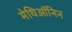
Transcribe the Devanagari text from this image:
मेथिऑनिन